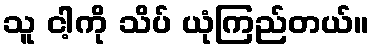
သူ ငါ့ကို သိပ် ယုံကြည်တယ်။